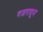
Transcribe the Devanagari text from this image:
गजरातून